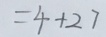
= 4 + 2 7